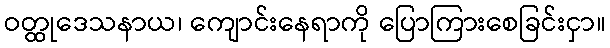
ဝတ္ထုဒေသနာယ၊ ကျောင်းနေရာကို ပြောကြားစေခြင်းငှာ။